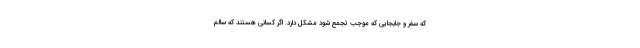
که سفر و جابجایی که موجب تجمع شود مشکل دارد. اگر کسانی هستند که سالم